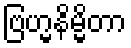
ဗြဟ္မနိမ္မိတာ